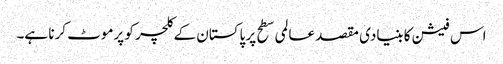
اس فیشن کا بنیادی مقصد عالمی سطح پر پاکستان کے کلچر کو پرموٹ کرنا ہے۔